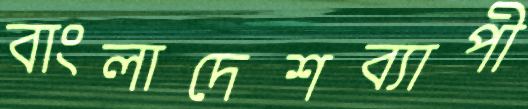
বাংলাদেশব্যাপী